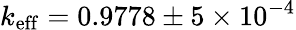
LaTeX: k_{\mathrm{eff}}=0.9778\pm 5\times 10^{-4}